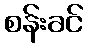
စန်းခင်